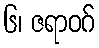
၆၊ ဇရာဝဂ်